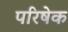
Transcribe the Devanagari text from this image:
परिषेक